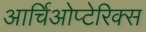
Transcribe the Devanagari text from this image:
आर्चिओप्टेरिक्स